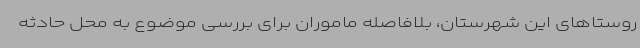
روستاهای این شهرستان، بلافاصله ماموران برای بررسی موضوع به محل حادثه